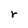
Character: r